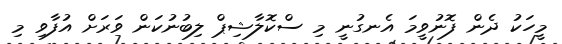
މީހަކު ދެން ފޮނުވީމަ އެނގުނީ މި ސްކޮލާޝިޕް ލިބުނުކަން ވަރަށް އުފާވި މި